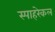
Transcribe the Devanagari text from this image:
स्पाहरेकल